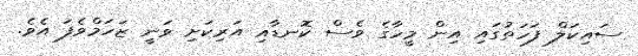
ސައިކަލް ފަހަތުގައި އިން މީހާގެ ވެސް ކޮނޑާއި އަރިކަށި ވަނީ ޒަހަމްވެފަ އެވެ.